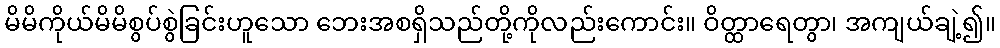
မိမိကိုယ်မိမိစွပ်စွဲခြင်းဟူသော ဘေးအစရှိသည်တို့ကိုလည်းကောင်း။ ဝိတ္ထာရေတွာ၊ အကျယ်ချဲ့၍။